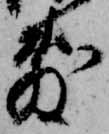
敷